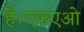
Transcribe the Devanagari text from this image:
है।एफएओ